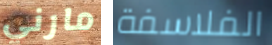
مارني الفلاسفة